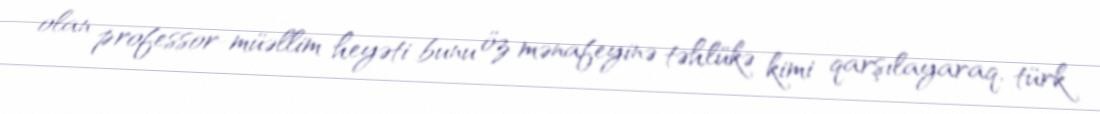
olan professor-müəllim heyəti bunu öz mənafeyinə təhlükə kimi qarşılayaraq, türk